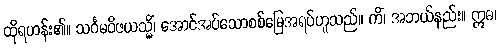
ထိုရဟန်း၏။ သင်္ဂမဝိဇယသ္မိံ၊ အောင်အပ်သောစစ်မြေအရပ်ဟူသည်။ ကိံ၊ အဘယ်နည်း။ ဣဓ၊